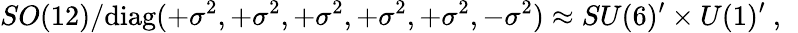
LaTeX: SO(12)/\mathrm{diag}(+\sigma^{2},+\sigma^{2},+\sigma^{2},+\sigma^{2},+\sigma^{2},-\sigma^{2})\approx SU(6)^{\prime}\times U(1)^{\prime}~,~\,